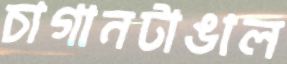
চাগানটাঙাল